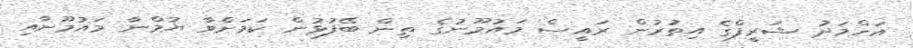
އަހްމަދު ޝަރީފްގެ އިތުރުން ރައީސް މައުމޫނުގެ ތިން ބޭފުޅުން ކަމަށްވާ ޔުމްނާ މައުމޫނާއި